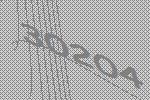
30204